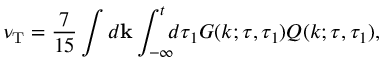
\nu _ { \mathrm { { T } } } = \frac { 7 } { 1 5 } \int d { \bf { k } } \int _ { - \infty } ^ { t } \! \! \! d \tau _ { 1 } G ( k ; \tau , \tau _ { 1 } ) Q ( k ; \tau , \tau _ { 1 } ) ,